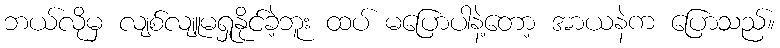
ဘယ်လိုမှ လျစ်လျူမရှုနိုင်ခဲ့ဘူး ထပ် မပြောပါနဲ့တော့ အာယနဲက ပြောသည်။